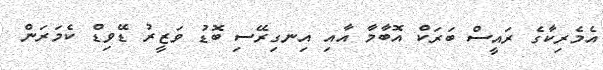
އެމެރިކާގެ ރައީސް ބަރަކް އޮބާމާ އާއި އިނގިރޭސި ބޮޑު ވަޒީރު ޑޭވިޑް ކެމަރަން